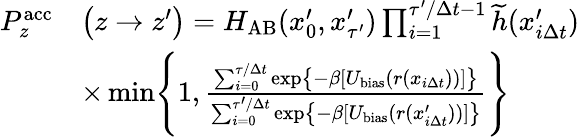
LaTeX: \begin{array}{rl}{P_{z}^{\mathrm{acc}}}&{\bigl(z\to z^{\prime}\bigr)=H_{\mathrm{AB}}(x_{0}^{\prime},x_{\tau^{\prime}}^{\prime})\prod_{i=1}^{\tau^{\prime}/\Delta t-1}\widetilde{h}(x_{i\Delta t}^{\prime})}\\ &{\times\operatorname*{min}\Biggl\{ 1,\frac{\sum_{i=0}^{\tau/\Delta t}\exp\bigl\{ -\beta[U_{\mathrm{bias}}(r(x_{i\Delta t}))]\bigr\} }{\sum_{i=0}^{\tau^{\prime}/\Delta t}\exp\bigl\{ -\beta[U_{\mathrm{bias}}(r(x_{i\Delta t}^{\prime}))]\bigr\} }\Biggr\} }\end{array}